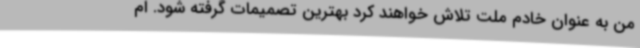
من به عنوان خادم ملت تلاش خواهند کرد بهترین تصمیمات گرفته شود. ام